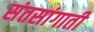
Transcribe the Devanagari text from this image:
संतसांगाती